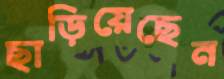
ছাড়িয়েছেন